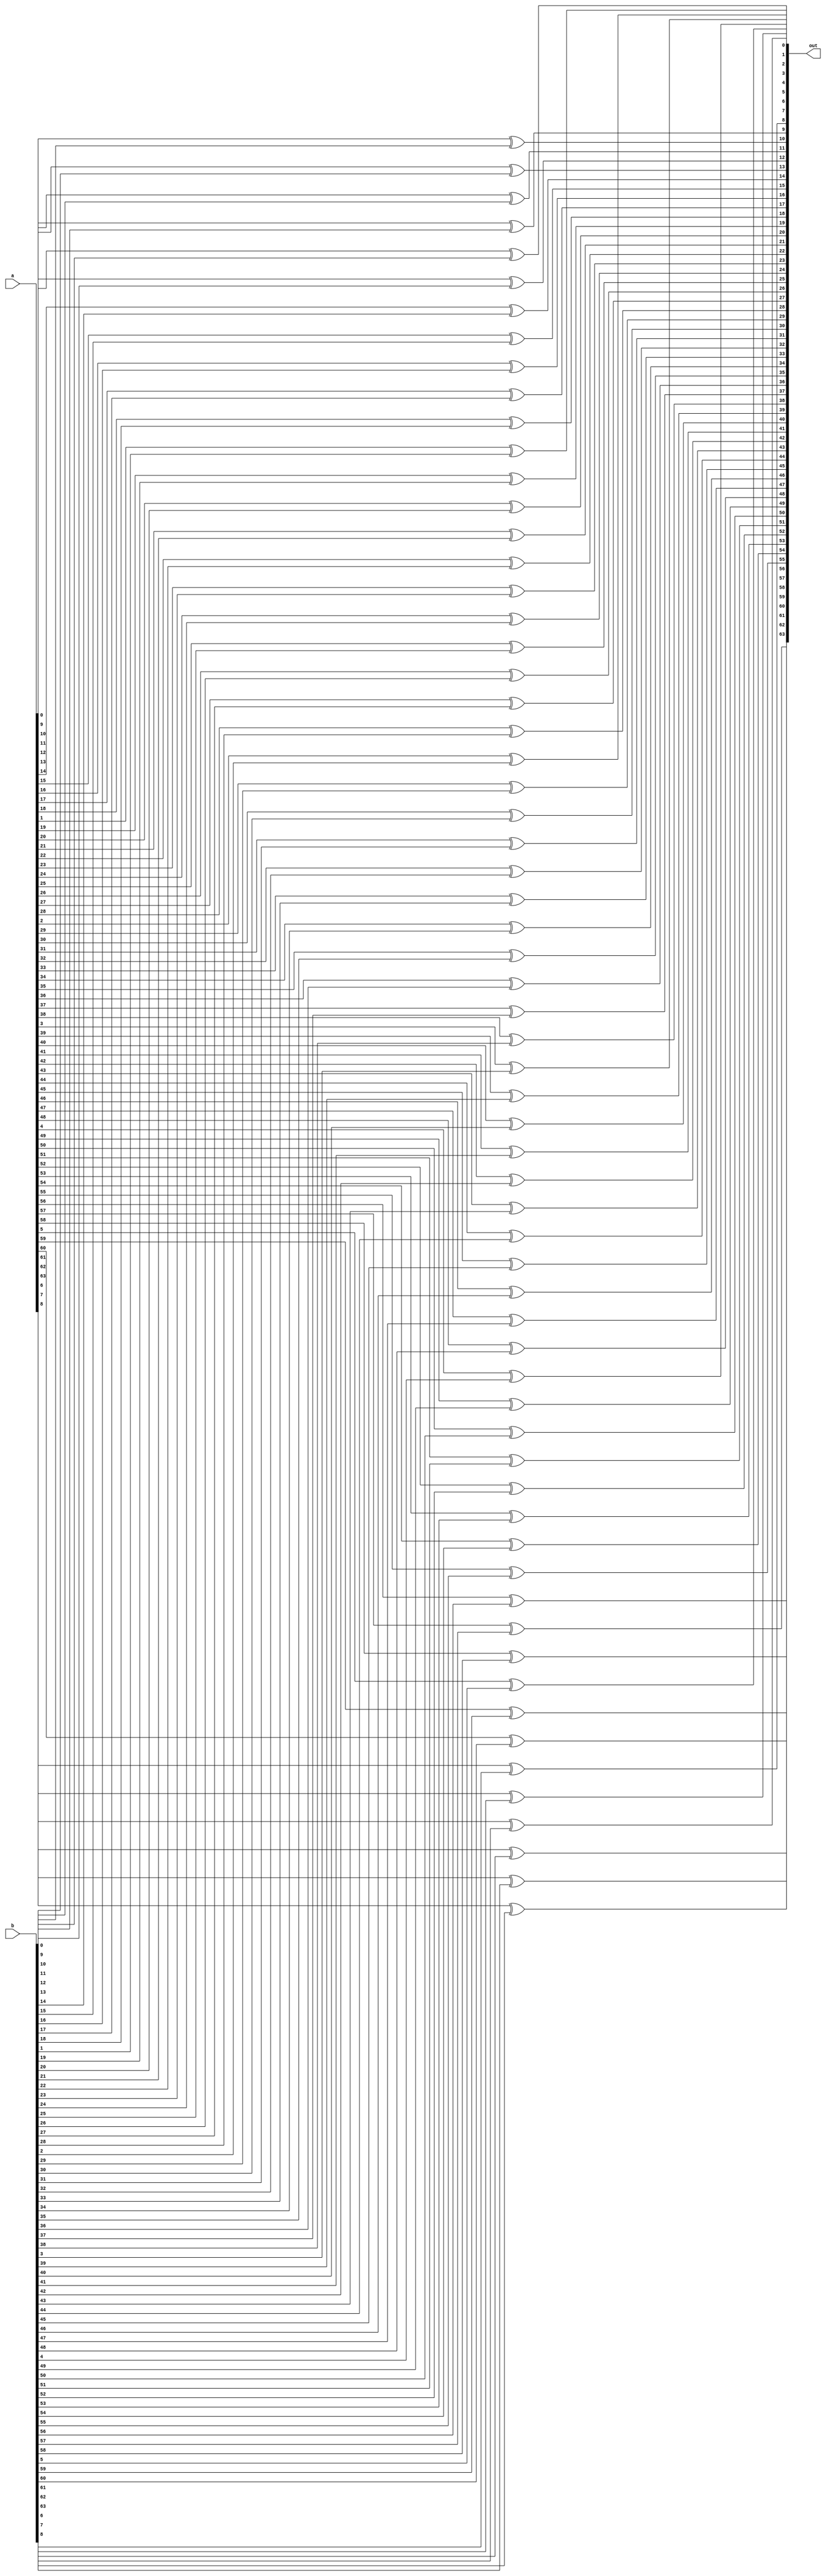
//`include "../xor/xor64.v"
//`include "../add/add1.v"
//`include "../sub/not.v"
//`include "../add/add64.v"
//`include "../sub/sub64.v"
//`include "../and/and64.v"
module xor64(a,b,out);
input signed [63:0] a;
input signed [63:0] b;
output signed [63:0] out;
genvar i;
generate for (i = 0 ; i <= 63 ; i = i + 1) begin
    xor (out[i],a[i],b[i]);
end
endgenerate
endmodule

module and64(a,b,out);
input signed [63:0] a;
input signed [63:0] b;
output signed [63:0] out;
genvar i;
generate for (i = 0 ; i <= 63 ; i = i + 1) begin
    and (out[i],a[i],b[i]);
end
endgenerate
endmodule

module not64(b,not_b);
input signed [63:0] b;
output signed [63:0] not_b;

genvar i;
generate for (i = 0; i < 64 ; i = i + 1) 
begin
    not(not_b[i],b[i]);  
end
endgenerate

endmodule

module add11(a,b,carry_in,sum,carry_out);
input a,b,carry_in;
output sum,carry_out;

wire t1,t2,t3;
xor (sum,a,b,carry_in);
xor (t1,a,b);
and (t2,t1,carry_in);
and (t3,a,b);
or (carry_out,t2,t3);

endmodule

module sub64(a,b,sum,of);
input signed [63:0] a,b;
output signed [63:0] sum;
output of;

// 2's complement addition

wire signed [63:0] not_b;

not64 func(b,not_b);

wire [64:0] carry;
assign carry[0] = 1'b1;

genvar i;
generate
for (i = 0; i < 64; i = i + 1) 
begin
    add11 x(a[i], not_b[i], carry[i], sum[i],carry[i + 1]);
end
endgenerate

xor(of, carry[64], carry[63]);

endmodule

module add64(a,b,sum,of);
input signed [63:0] a,b;
output signed [63:0] sum;
output of;

// carry out
wire [64:0] carry;
assign carry[0] = 1'b0;

genvar i;
generate
for (i = 0; i < 64; i = i + 1) 
begin
    add11 x(a[i], b[i], carry[i], sum[i],carry[i + 1]);
end
endgenerate

xor(of, carry[64], carry[63]);

endmodule



module alu(a,b,select,out,of);
input signed [63:0] a,b;
input signed [1:0] select;
output signed [63:0] out;
output of;

wire signed [63:0] dummy_1,dummy_2,dummy_3,dummy_4;
wire signed of1,of2;
reg signed [63:0] dummy_out;
reg signed dummy_of;

and64 func1(a,b,dummy_1);
xor64 func2(a,b,dummy_2);
add64 func3(a,b,dummy_3,of1);
sub64 func4(a,b,dummy_4,of2);


always @(*) 
begin
    case(select)
        2'b00:begin
            dummy_out = dummy_3;
            dummy_of = of1;
        end
        2'b01:begin
            dummy_out = dummy_4;
            dummy_of = of2;
        end
        2'b10:begin
            dummy_out = dummy_1;
            dummy_of = 1'b0;
        end
        2'b11:begin
            dummy_out = dummy_2;
            dummy_of = 1'b0;
        end
    endcase
end

assign out = dummy_out;
assign of = dummy_of;

endmodule